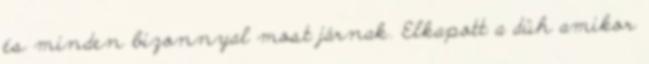
és minden bizonnyal most járnak. Elkapott a düh amikor